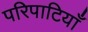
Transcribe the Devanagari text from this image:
परिपाटियाँ